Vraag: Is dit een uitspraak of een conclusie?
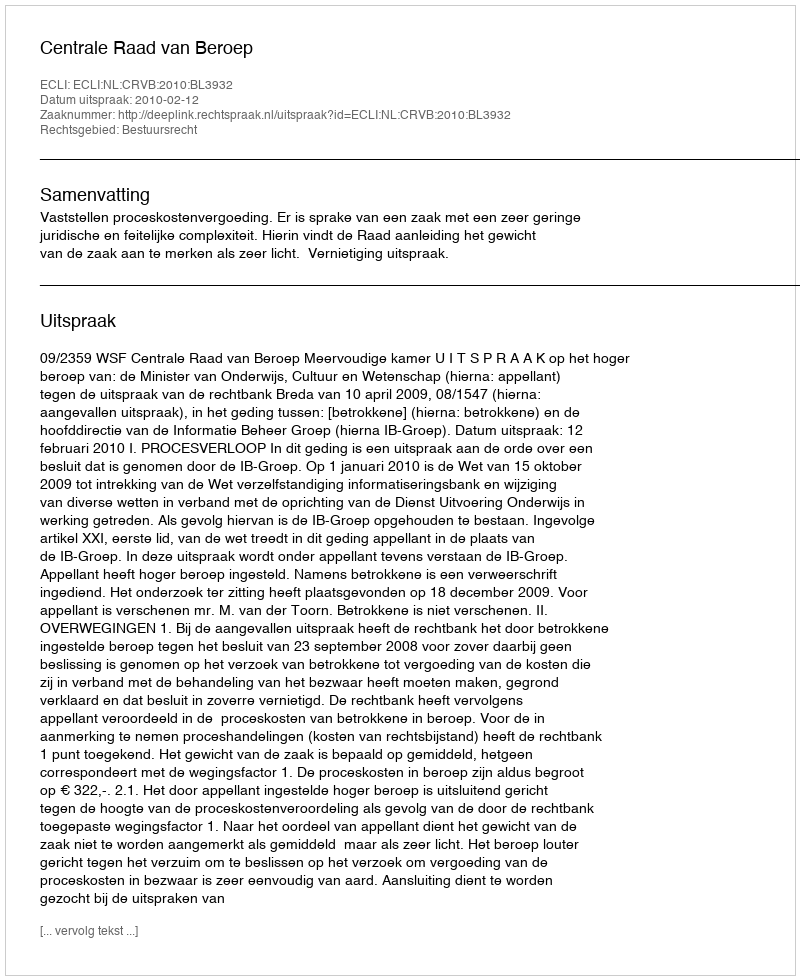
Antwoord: Uitspraak